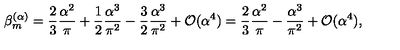
\beta _ { m } ^ { ( \alpha ) } = \frac { 2 } { 3 } \frac { \alpha ^ { 2 } } { \pi } + \frac { 1 } { 2 } \frac { \alpha ^ { 3 } } { \pi ^ { 2 } } - \frac { 3 } { 2 } \frac { \alpha ^ { 3 } } { \pi ^ { 2 } } + { \cal O } ( \alpha ^ { 4 } ) = \frac { 2 } { 3 } \frac { \alpha ^ { 2 } } { \pi } - \frac { \alpha ^ { 3 } } { \pi ^ { 2 } } + { \cal O } ( \alpha ^ { 4 } ) ,